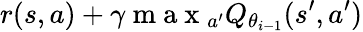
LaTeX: r(s,a)+\gamma\mathrm{~m~a~x~}_{a^{\prime}}Q_{\theta_{i-1}}(s^{\prime},a^{\prime})